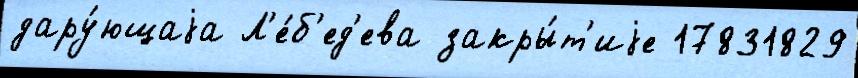
дару́ющаjа Л'е́б'ед'ева закры́т'иjе 17831829